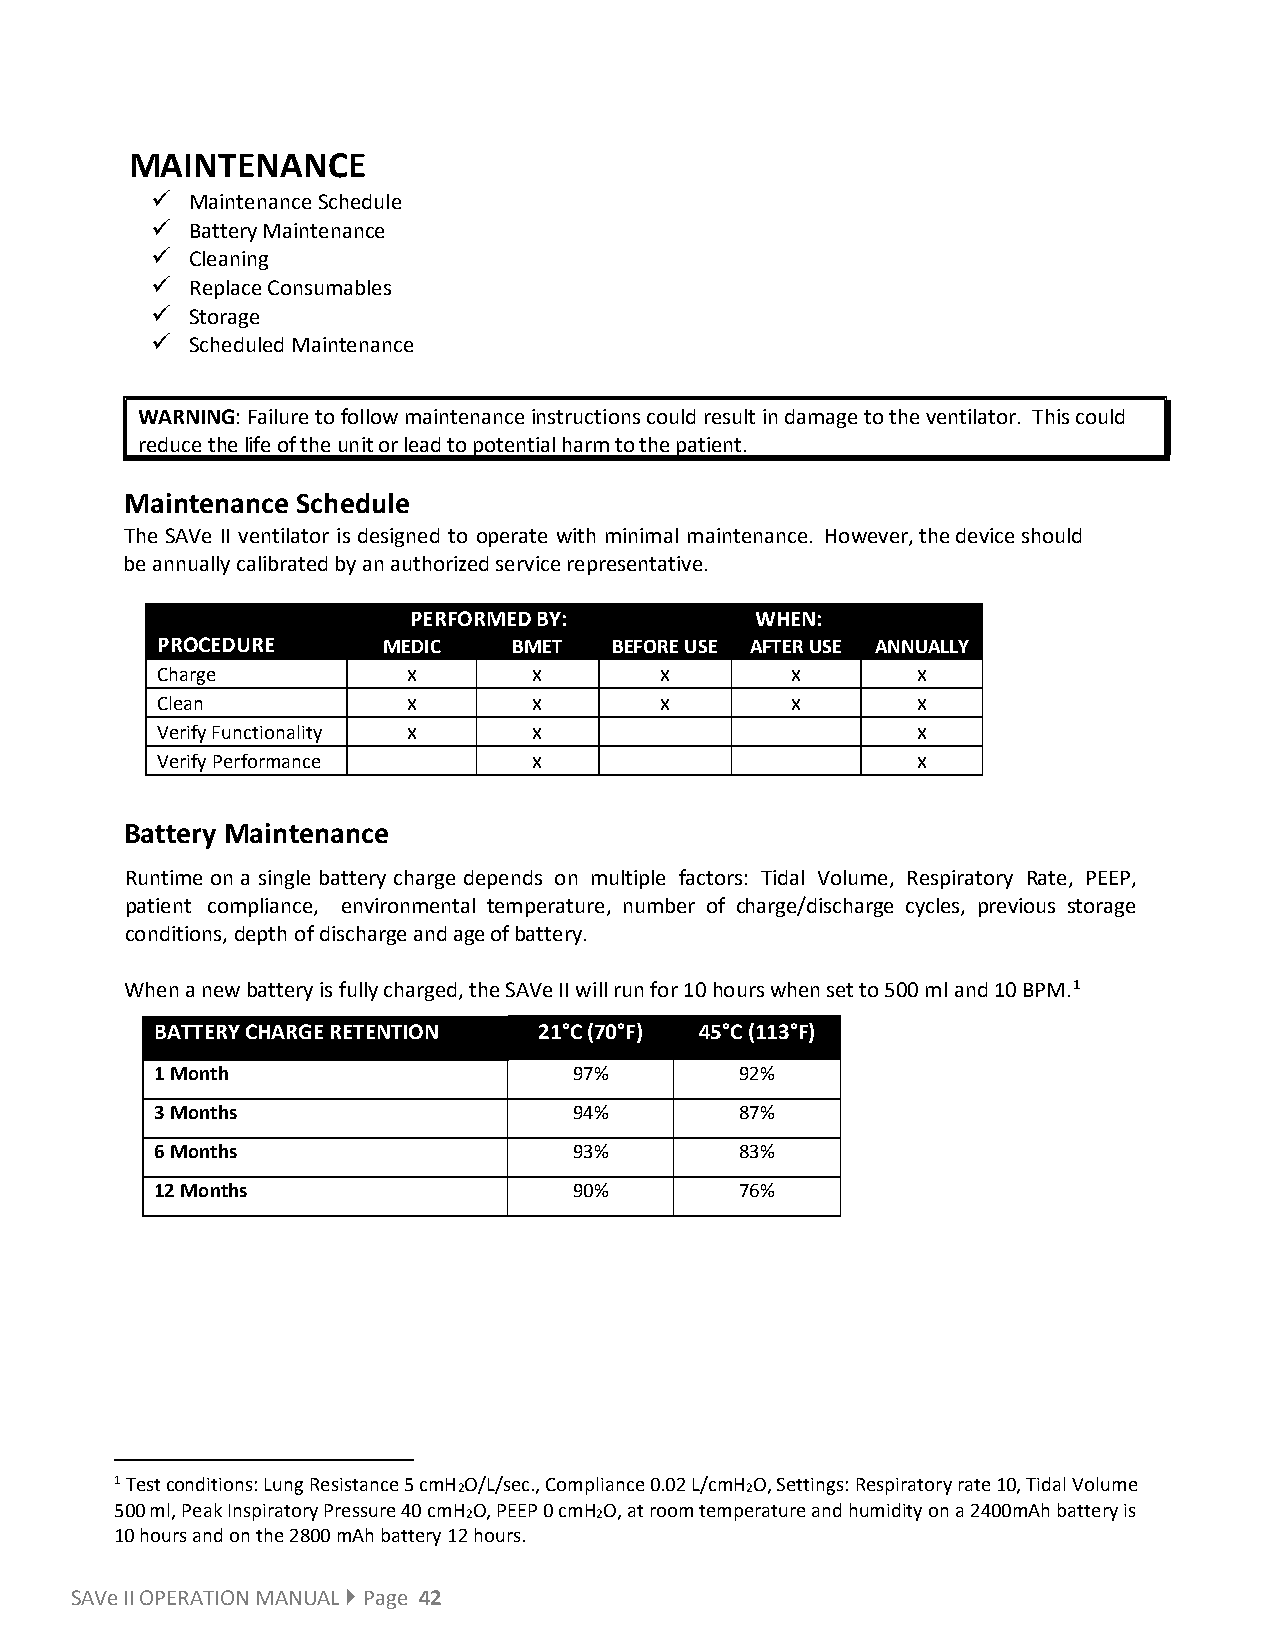
MAINTENANCE
   Maintenance Schedule
   Battery Maintenance
   Cleaning
   Replace Consumables
   Storage
   Scheduled Maintenance
 WARNING: Failure to follow maintenance instructions could result in damage to the ventilator. This could
 reduce the life of the unit or lead to potential harm to the patient.
 Maintenance Schedule
 The SAVe II ventilator is designed to operate with minimal maintenance. However, the device should
 be annually calibrated by an authorized service representative.
 PERFORMED BY:          WHEN:
 PROCEDURE      MEDIC    BMET   BEFORE USE AFTER USE ANNUALLY
 Charge           x       x        x       x        x
 Clean            x       x        x       x        x
 Verify Functionality x   x                         x
 Verify Performance       x                         x
 Battery Maintenance
 Runtime on a single battery charge depends on multiple factors: Tidal Volume, Respiratory Rate, PEEP,
 patient compliance, environmental temperature, number of charge/discharge cycles, previous storage
 conditions, depth of discharge and age of battery.
 When a new battery is fully charged, the SAVe II will run for 10 hours when set to 500 ml and 10 BPM.1
 BATTERY CHARGE RETENTION  21°C (70°F) 45°C (113°F)
 1 Month                     97%        92%
 3 Months                    94%        87%
 6 Months                    93%        83%
 12 Months                   90%        76%
 1 Test conditions: Lung Resistance 5 cmH2O/L/sec., Compliance 0.02 L/cmH2O, Settings: Respiratory rate 10, Tidal Volume
 500 ml, Peak Inspiratory Pressure 40 cmH2O, PEEP 0 cmH2O, at room temperature and humidity on a 2400mAh battery is
 10 hours and on the 2800 mAh battery 12 hours.
 SAVe II OPERATION MANUAL  Page 42